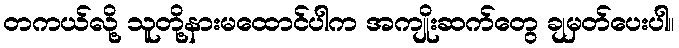
တကယ်လို့ သူတို့နားမထောင်ပါက အကျိုးဆက်တွေ ချမှတ်ပေးပါ။